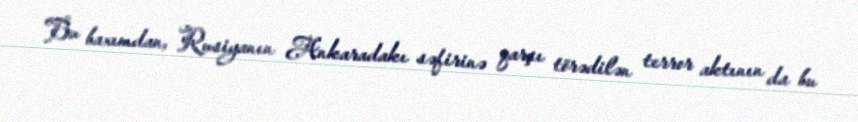
Bu baxımdan, Rusiyanın Ankaradakı səfirinə qarşı törədilən terror aktının da bu